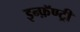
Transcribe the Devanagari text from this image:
इन्फ़ॅण्ट्री